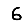
Digit: 6